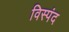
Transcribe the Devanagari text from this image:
विस्पंद